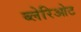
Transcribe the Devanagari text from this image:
ब्लेरिओट